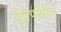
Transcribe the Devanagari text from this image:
व्युत्पत्तींवर